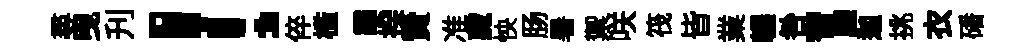
尋曳刋！倅槛霾揆贄准藏怏肠暑禦咲筏皆業輾咎習廳迦挑衣磻